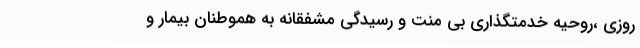
روزی ،روحیه خدمتگذاری بی منت و رسیدگی مشفقانه به هموطنان بیمار و